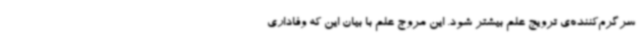
سرگرم‌کننده‌ی ترویج علم بیشتر شود. این مروج علم با بیان این که وفاداری